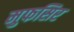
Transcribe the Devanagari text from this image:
मुफसिर